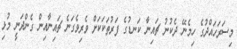
މިސަރަހައްދުގެ ހިމެނޭ ދެކުނު ޗައިނާ ކަނޑުގެ ފަރުތަކަކަށް ވެރިވެގަނެ ޗައިނާއިން ގެންދަނީ މުޅި